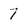
Character: 7